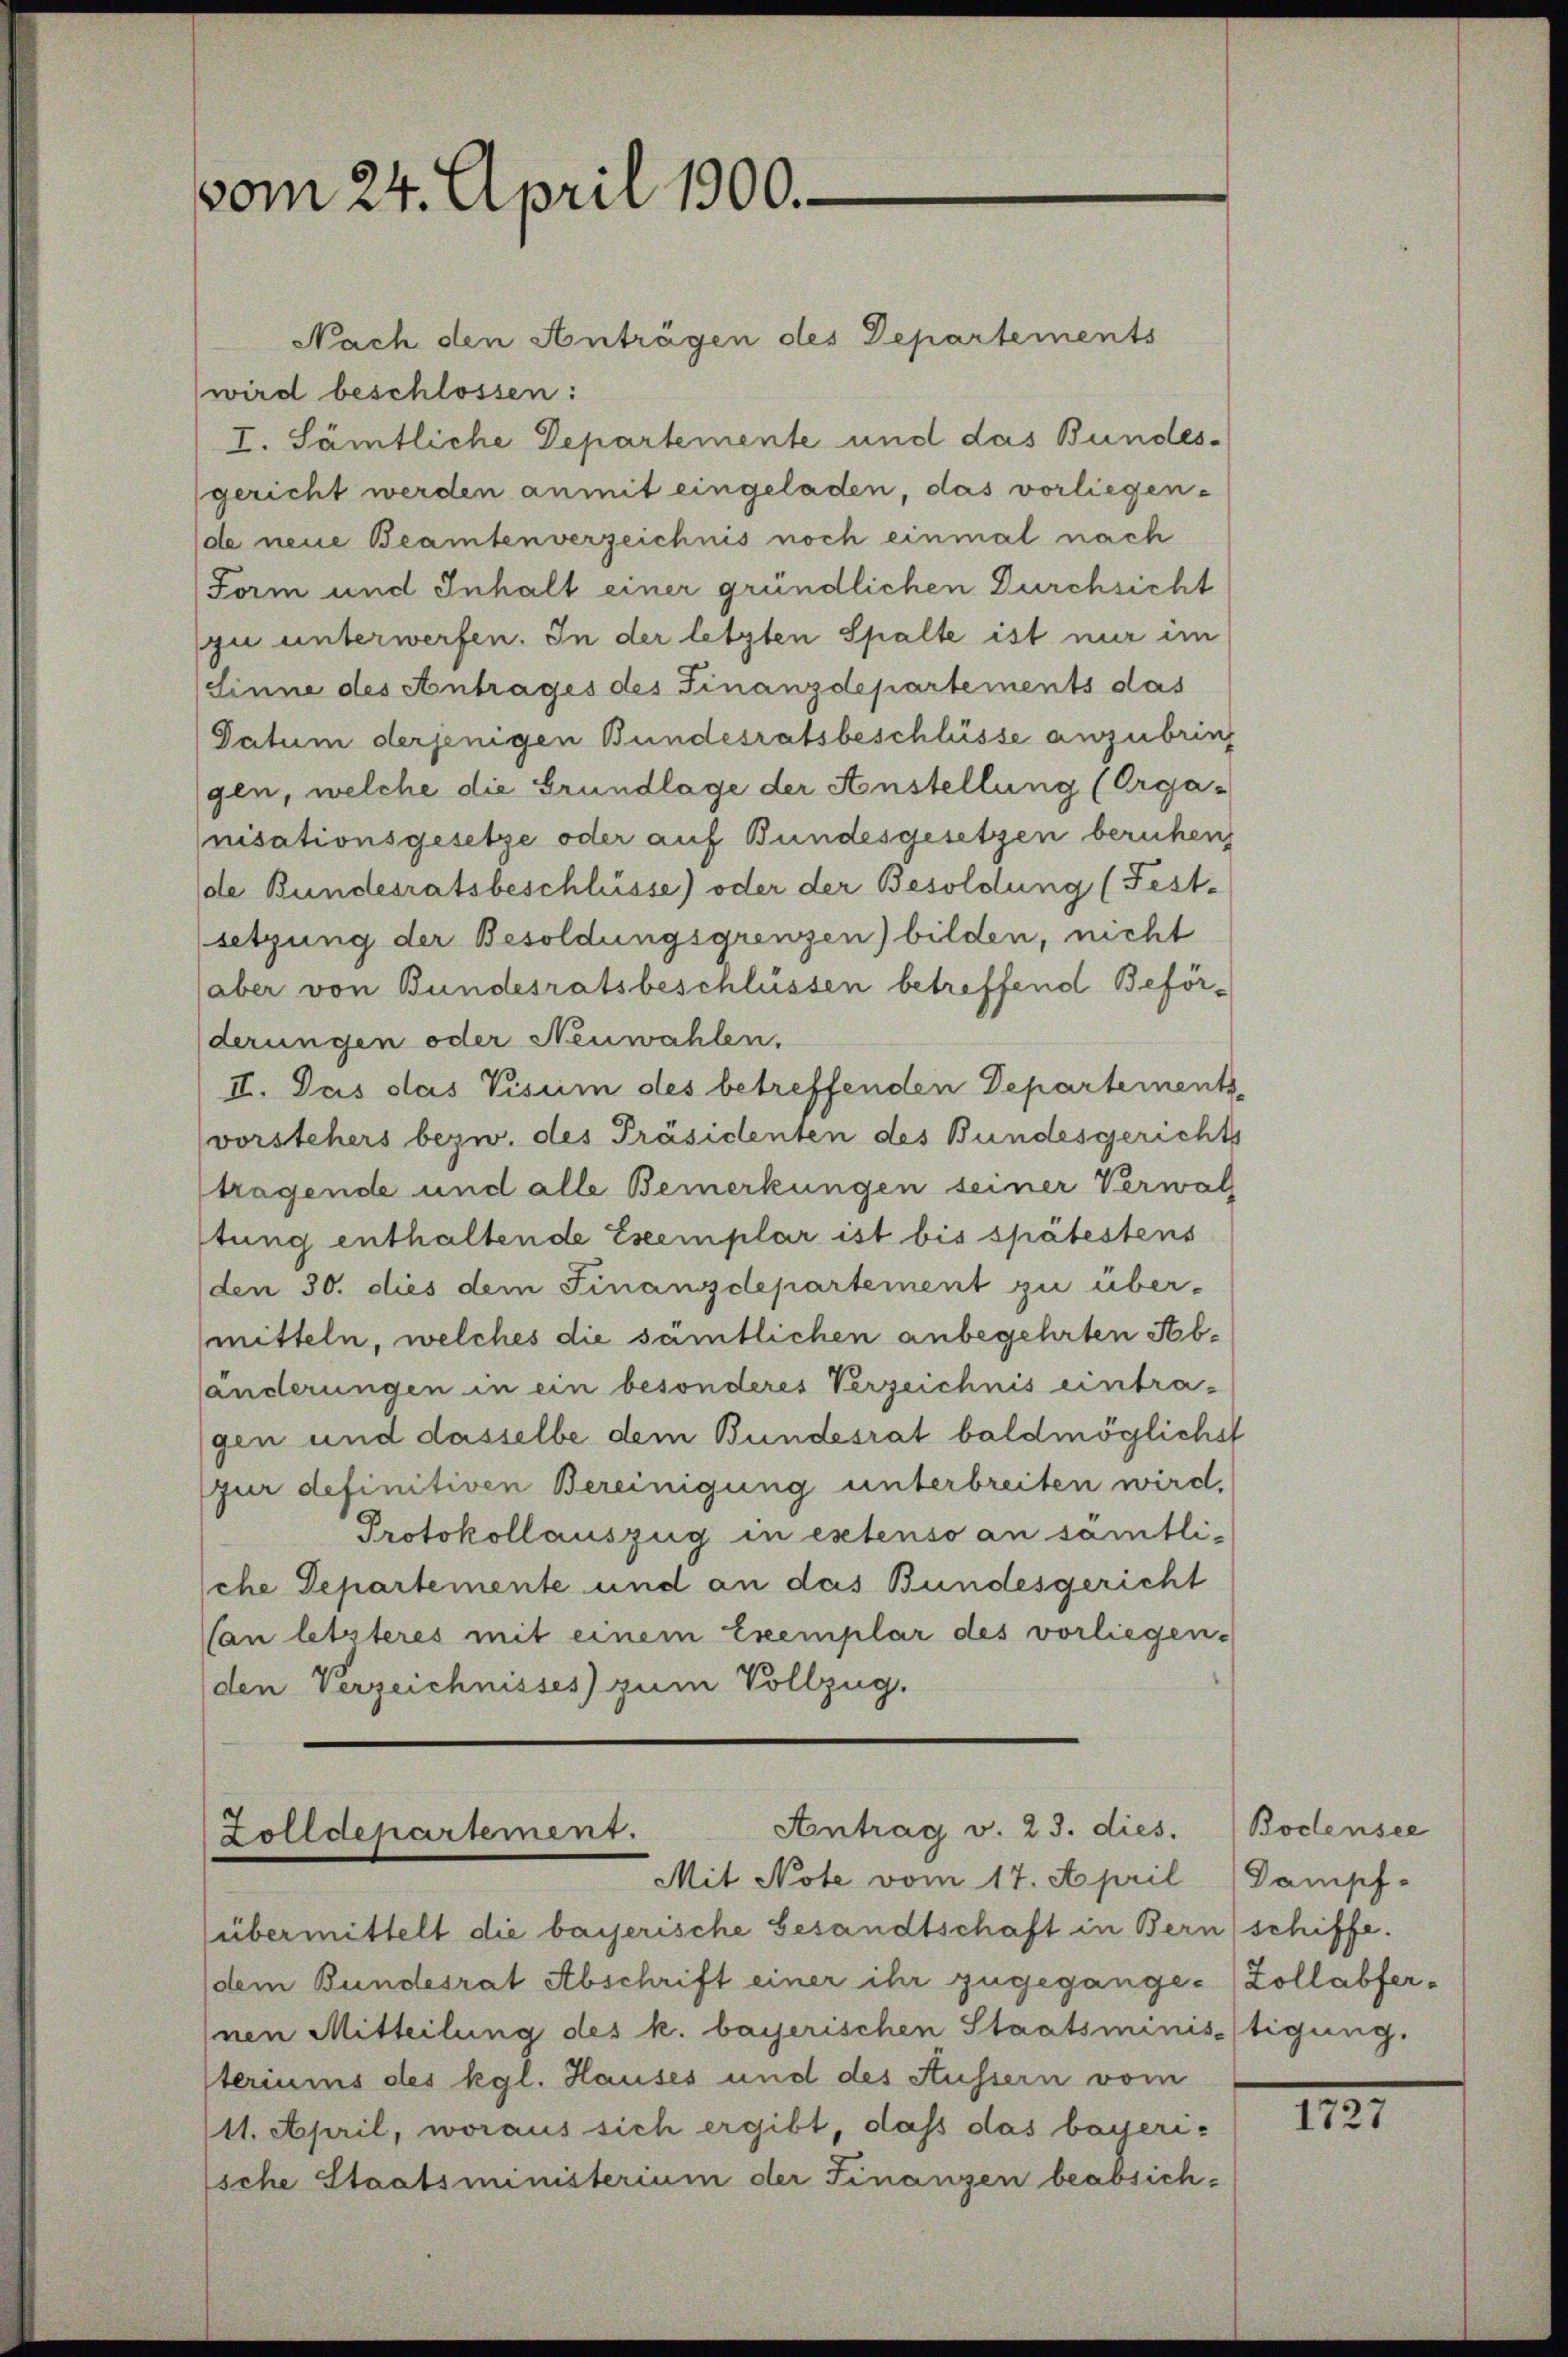
vom 24. April 1800.

Nach den Anträgen des Departements
wird beschlossen:
I. Sämtliche Departemente und das Bundes¬
(gericht werden anmit eingeladen, das vorliegende neue Beamtenverzeichnis noch einmal nach
Form und Inhalt einer gründlichen Durchsicht
zu unterwerfen. In der letzten Spalte ist nur im
Linne des Antrages des Finanzdepartements das
Datum derjenigen Bundesratsbeschlüsse anzubring
gen, welche die Grundlage der Anstellung (Orga-
nisationsgesetze oder auf Bundesgesetzen beruhen
de Bundesratsbeschlüsse) oder der Besoldung (Fest-
setzung der Besoldungsgrenzen) bilden, nicht
(aber von Bundesratsbeschlüssen betreffend Beförderungen oder Neuwahlen,
II. Das das Visum des betreffenden Departements-
vorstehers bezw. des Präsidenten des Bundesgerichts
tragende und alle Bemerkungen seiner Verwal
stung enthaltende Eseemplar ist bis spätestens
(den 30. dies dem Finanzdepartement zu über-
mitteln, welches die sämtlichen anbegehrten Abänderungen in ein besonderes Verzeichnis eintragen und dasselbe dem Bundesrat baldmöglichst
pur definitiven Bereinigung unterbreiten wird.
Protokollauszug in extenso an sämtlische Departemente und an das Bundesgericht
Van letzteres mit einem Exemplar des vorliegen-
den Verzeichnisses) zum Vollzug.

Antrag v. 23. dies.
Zolldepartement.
Mit Note vom 17. April

übermittelt die bayerische Gesandtschaft in Bern schiffe.
(dem Bundesrat Abschrift einer ihr zugegange-Zollabfer¬
Inen Mitteilung des k. bayerischen Staatsministigung.
steriums des kgl. Hauses und des Aussern vom
11. April, woraus sich ergibt, daß das bayerische Staatsministerium der Finanzen beabsich¬

Boclensee
Dampf.

1727